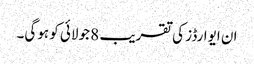
ان ایوارڈز کی تقریب 8 جولائی کو ہوگی۔